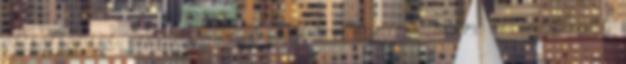
elítéltektől, erre meg kell őket tanítani. A jövőre orientáltság